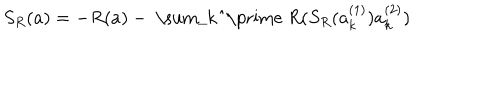
LaTeX: S _ { R } ( a ) = - R ( a ) - \mathrm { ~ \sum _ { k } ^ { \prime } ~ } R ( S _ { R } ( a _ { k } ^ { ( 1 ) } ) a _ { k } ^ { ( 2 ) } )